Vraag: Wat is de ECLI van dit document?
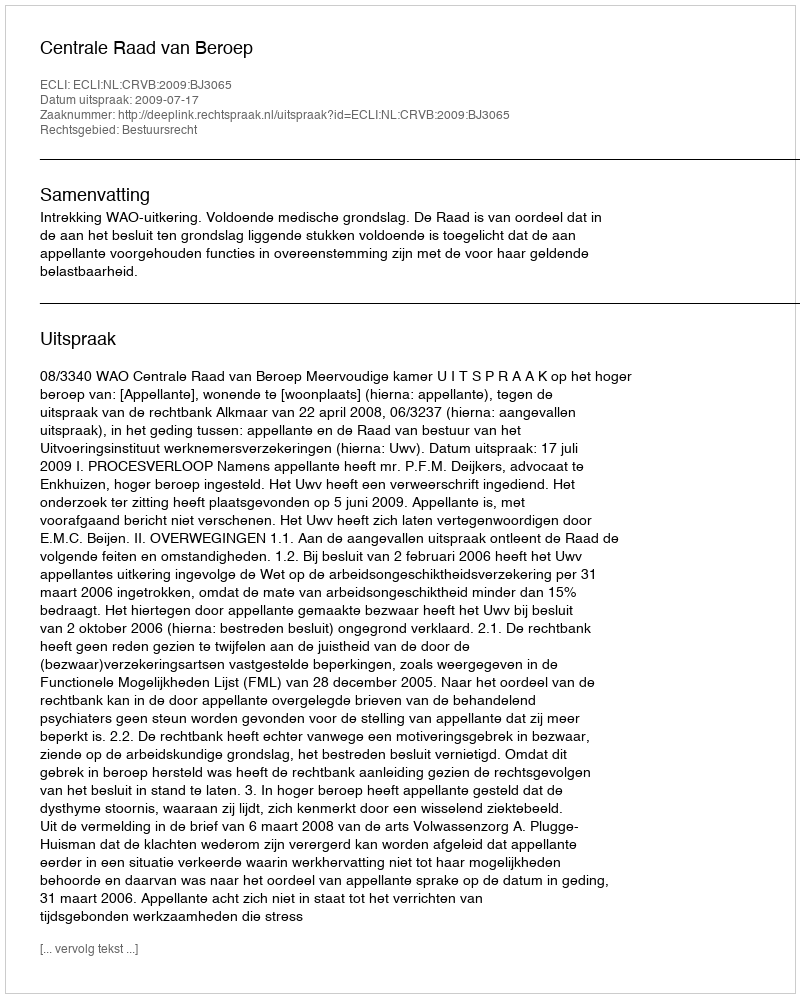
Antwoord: ECLI:NL:CRVB:2009:BJ3065